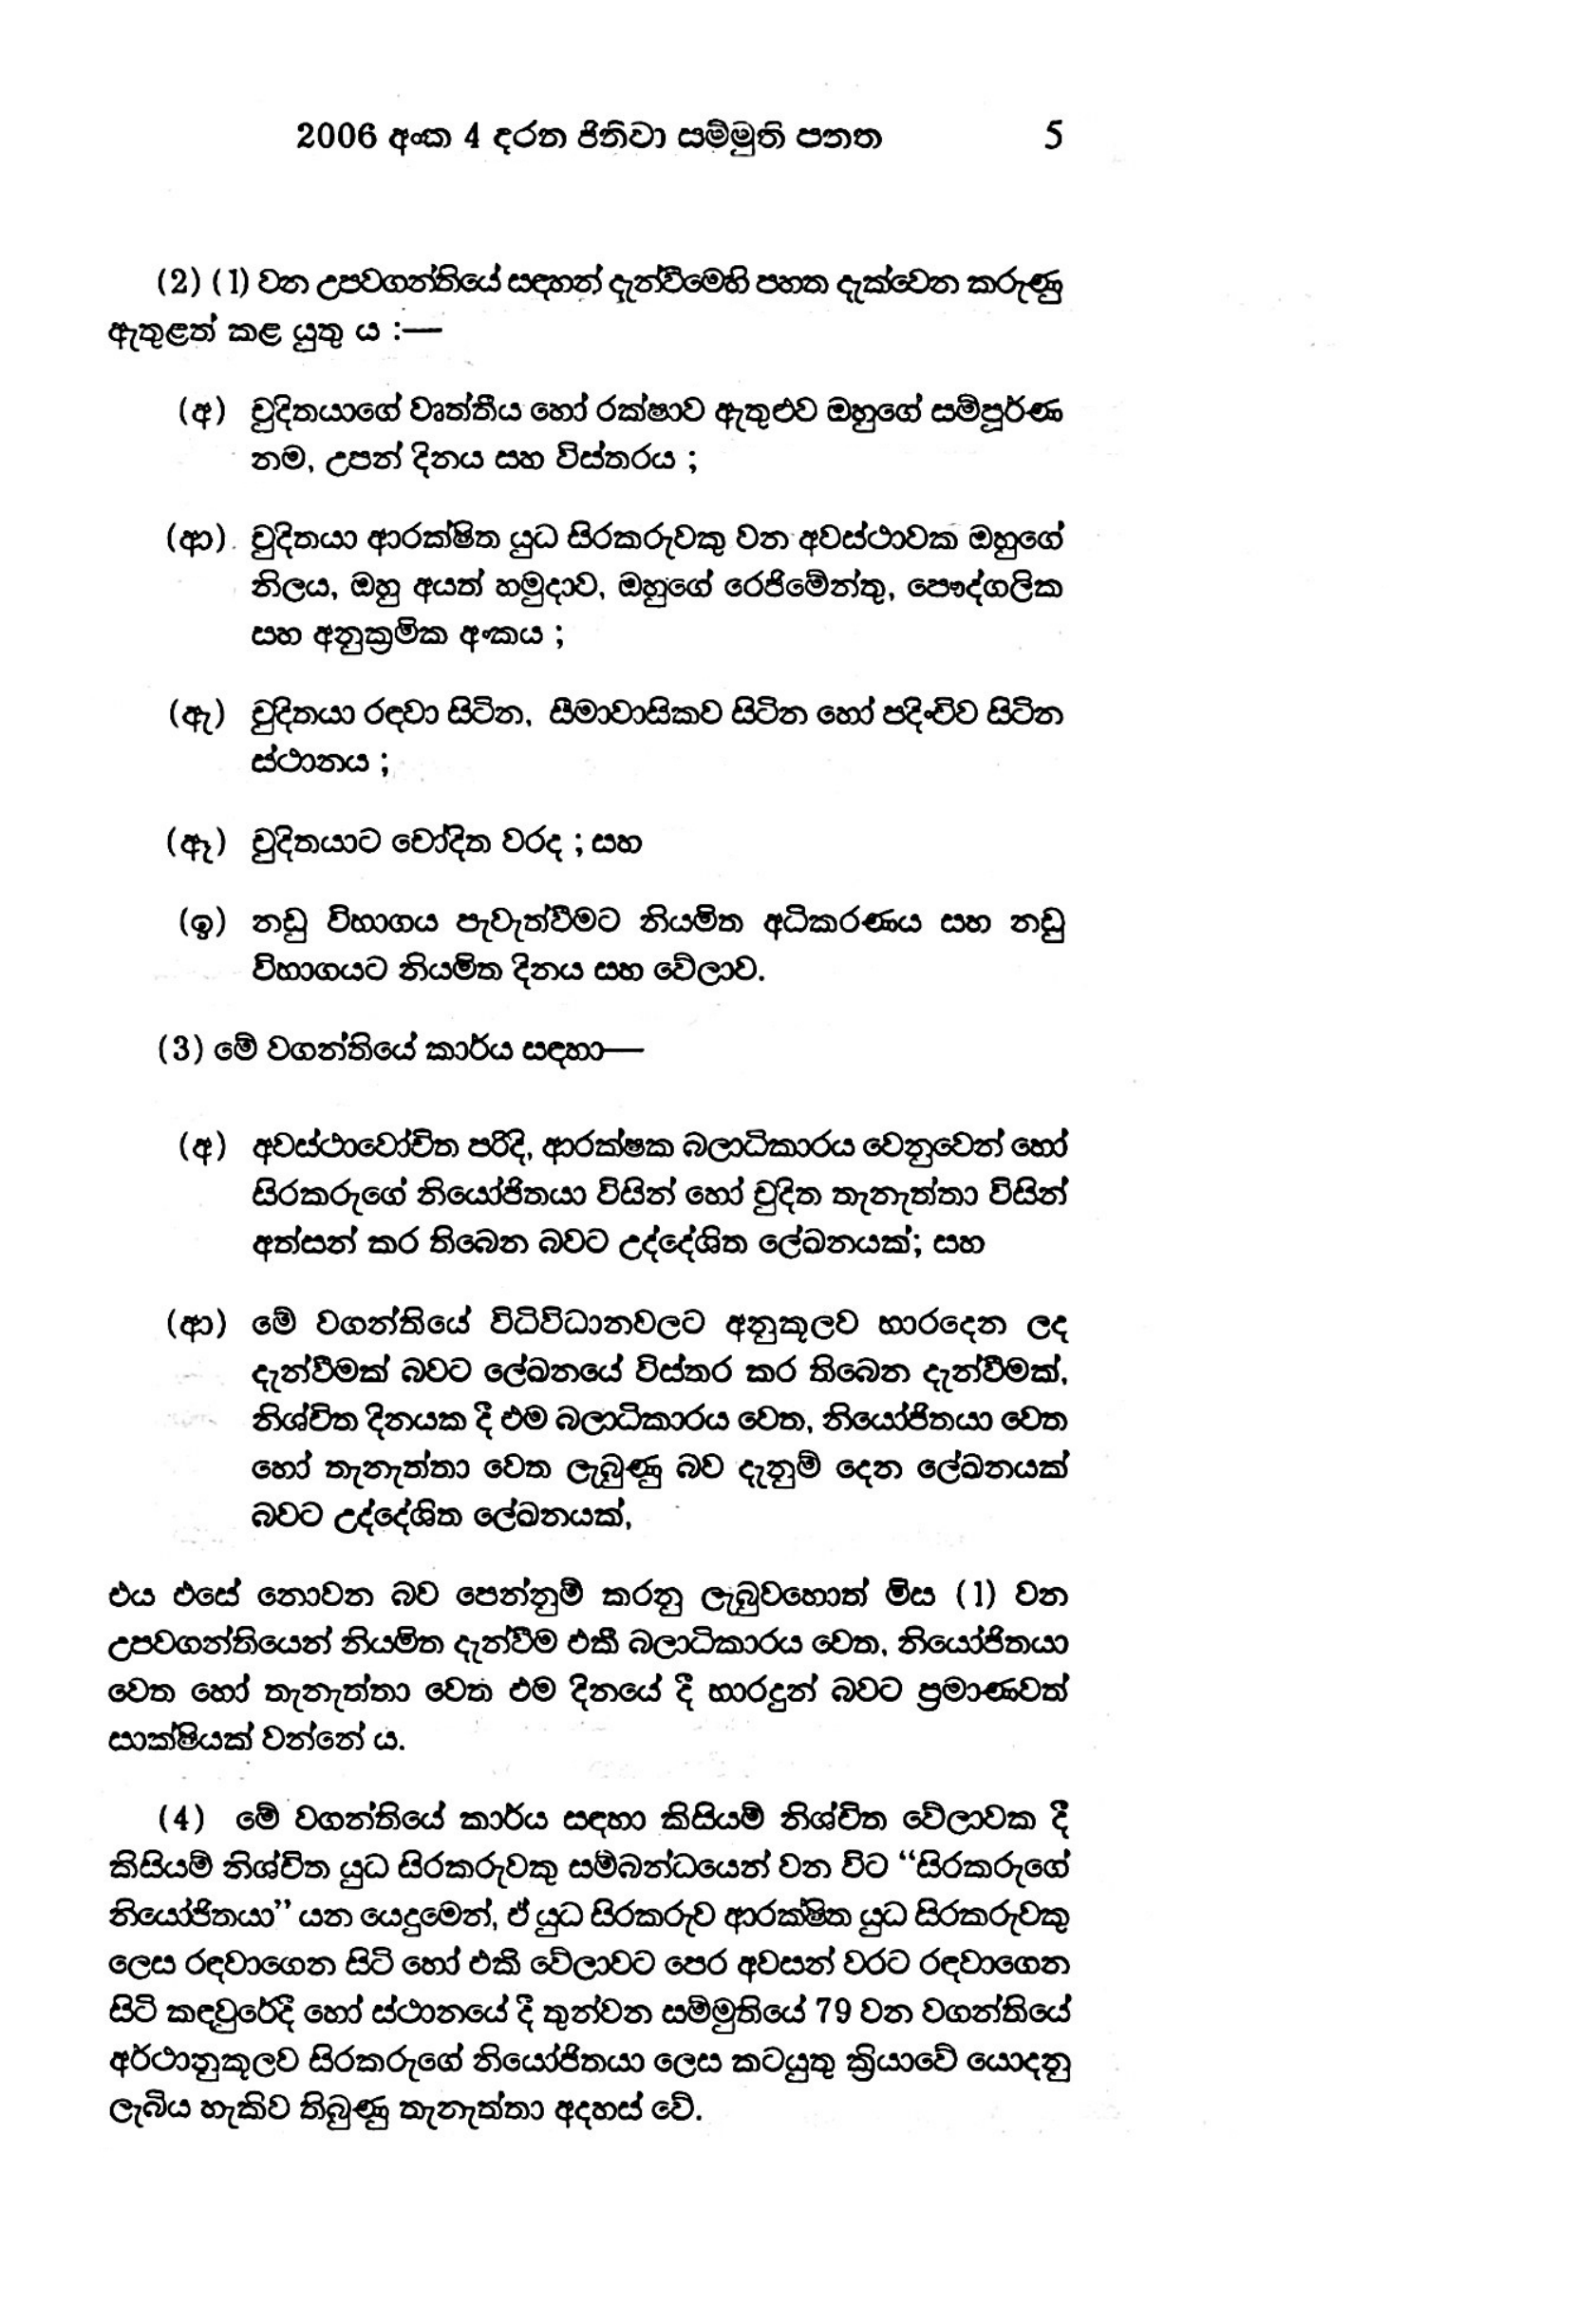
2006 අංක 4 දරන ජිනිවා සම්මුති පනත 5

(2) (1) වන උපවගන්තියේ සඳහන් දැන්වීමෙහි පහත දැක්වෙන කරුණු
ඇතුළත් කළ යුතු ය :-

(අ) චුදිතයාගේ වෘත්තීය හෝ රක්ෂාව ඇතුළුව ඔහුගේ සම්පූර්ණ
නම, උපන් දිනය සහ විස්තරය ;

(ආ) චුදිතයා ආරක්ෂිත යුධ සිරකරුවකු වන අවස්ථාවක ඔහුගේ
නිලය, ඔහු අයත් හමුදාව, ඔහුගේ රෙජිමේන්තු, පෞද්ගලික
සහ අනුක්‍රමික අංකය ;

(ඇ) චුදිතයා රඳවා සිටින, සීමාවාසිකව සිටින හෝ පදිංචිව සිටින
ස්ථානය ;

(ඈ) චුදිතයාට චෝදිත වරද ; සහ

(ඉ) නඩු විභාගය පැවැත්වීමට නියමිත අධිකරණය සහ නඩු
විභාගයට නියමිත දිනය සහ වේලාව.

(3) මේ වගන්තියේ කාර්ය සඳහා—

(අ) අවස්ථාවෝචිත පරිදි, ආරක්ෂක බලාධිකාරය වෙනුවෙන් හෝ
සිරකරුගේ නියෝජිතයා විසින් හෝ චුදිත තැනැත්තා විසින්
අත්සන් කර තිබෙන බවට උද්දේශිත ලේඛනයක්; සහ

(ආ) මේ වගන්තියේ විධිවිධානවලට අනුකූලව භාරදෙන ලද
දැන්වීමක් බවට ලේඛනයේ විස්තර කර තිබෙන දැන්වීමක්,
නිශ්චිත දිනයක දී එම බලාධිකාරය වෙත, නියෝජිතයා වෙත
හෝ තැනැත්තා වෙත ලැබුණු බව දැනුම් දෙන ලේඛනයක්
බවට උද්දේශිත ලේඛනයක්,

එය එසේ නොවන බව පෙන්නුම් කරනු ලැබුවහොත් මිස (1) වන
උපවගන්තියෙන් නියමිත දැන්වීම එකී බලාධිකාරය වෙත, නියෝජිතයා
වෙත හෝ තැනැත්තා වෙත එම දිනයේ දී භාරදුන් බවට ප්‍රමාණවත්
සාක්ෂියක් වන්නේ ය.

(4) මේ වගන්තියේ කාර්ය සඳහා කිසියම් නිශ්චිත වේලාවක දී
කිසියම් නිශ්චිත යුධ සිරකරුවකු සම්බන්ධයෙන් වන විට “සිරකරුගේ
නියෝජිතයා’” යන යෙදුමෙන්, ඒ යුධ සිරකරුව ආරක්ෂිත යුධ සිරකරුවකු
ලෙස රඳවාගෙන සිටි හෝ එකී වේලාවට පෙර අවසන් වරට රඳවාගෙන
සිටි කඳවුරේදී හෝ ස්ථානයේ දී තුන්වන සම්මුතියේ 79 වන වගන්තියේ
අර්ථානුකූලව සිරකරුගේ නියෝජිතයා ලෙස කටයුතු ක්‍රියාවේ යොදනු
ලැබිය හැකිව තිබුණු තැනැත්තා අදහස් වේ.